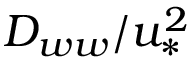
D _ { w w } / u _ { * } ^ { 2 }